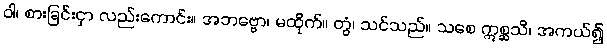
ဝါ၊ စားခြင်းငှာ လည်းကောင်း။ အဘဗ္ဗော၊ မထိုက်။ တွံ၊ သင်သည်။ သစေ ဣစ္ဆသိ၊ အကယ်၍